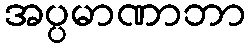
အပ္ပမာဏာဘာ